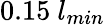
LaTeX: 0.15~l_{min}